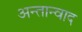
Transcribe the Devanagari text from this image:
अन्तान्वाद